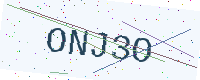
Text: ONJ3O